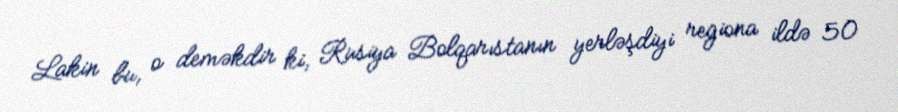
Lakin bu, o deməkdir ki, Rusiya Bolqarıstanın yerləşdiyi regiona ildə 50